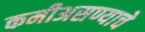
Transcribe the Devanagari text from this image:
कमीअसण्याचे